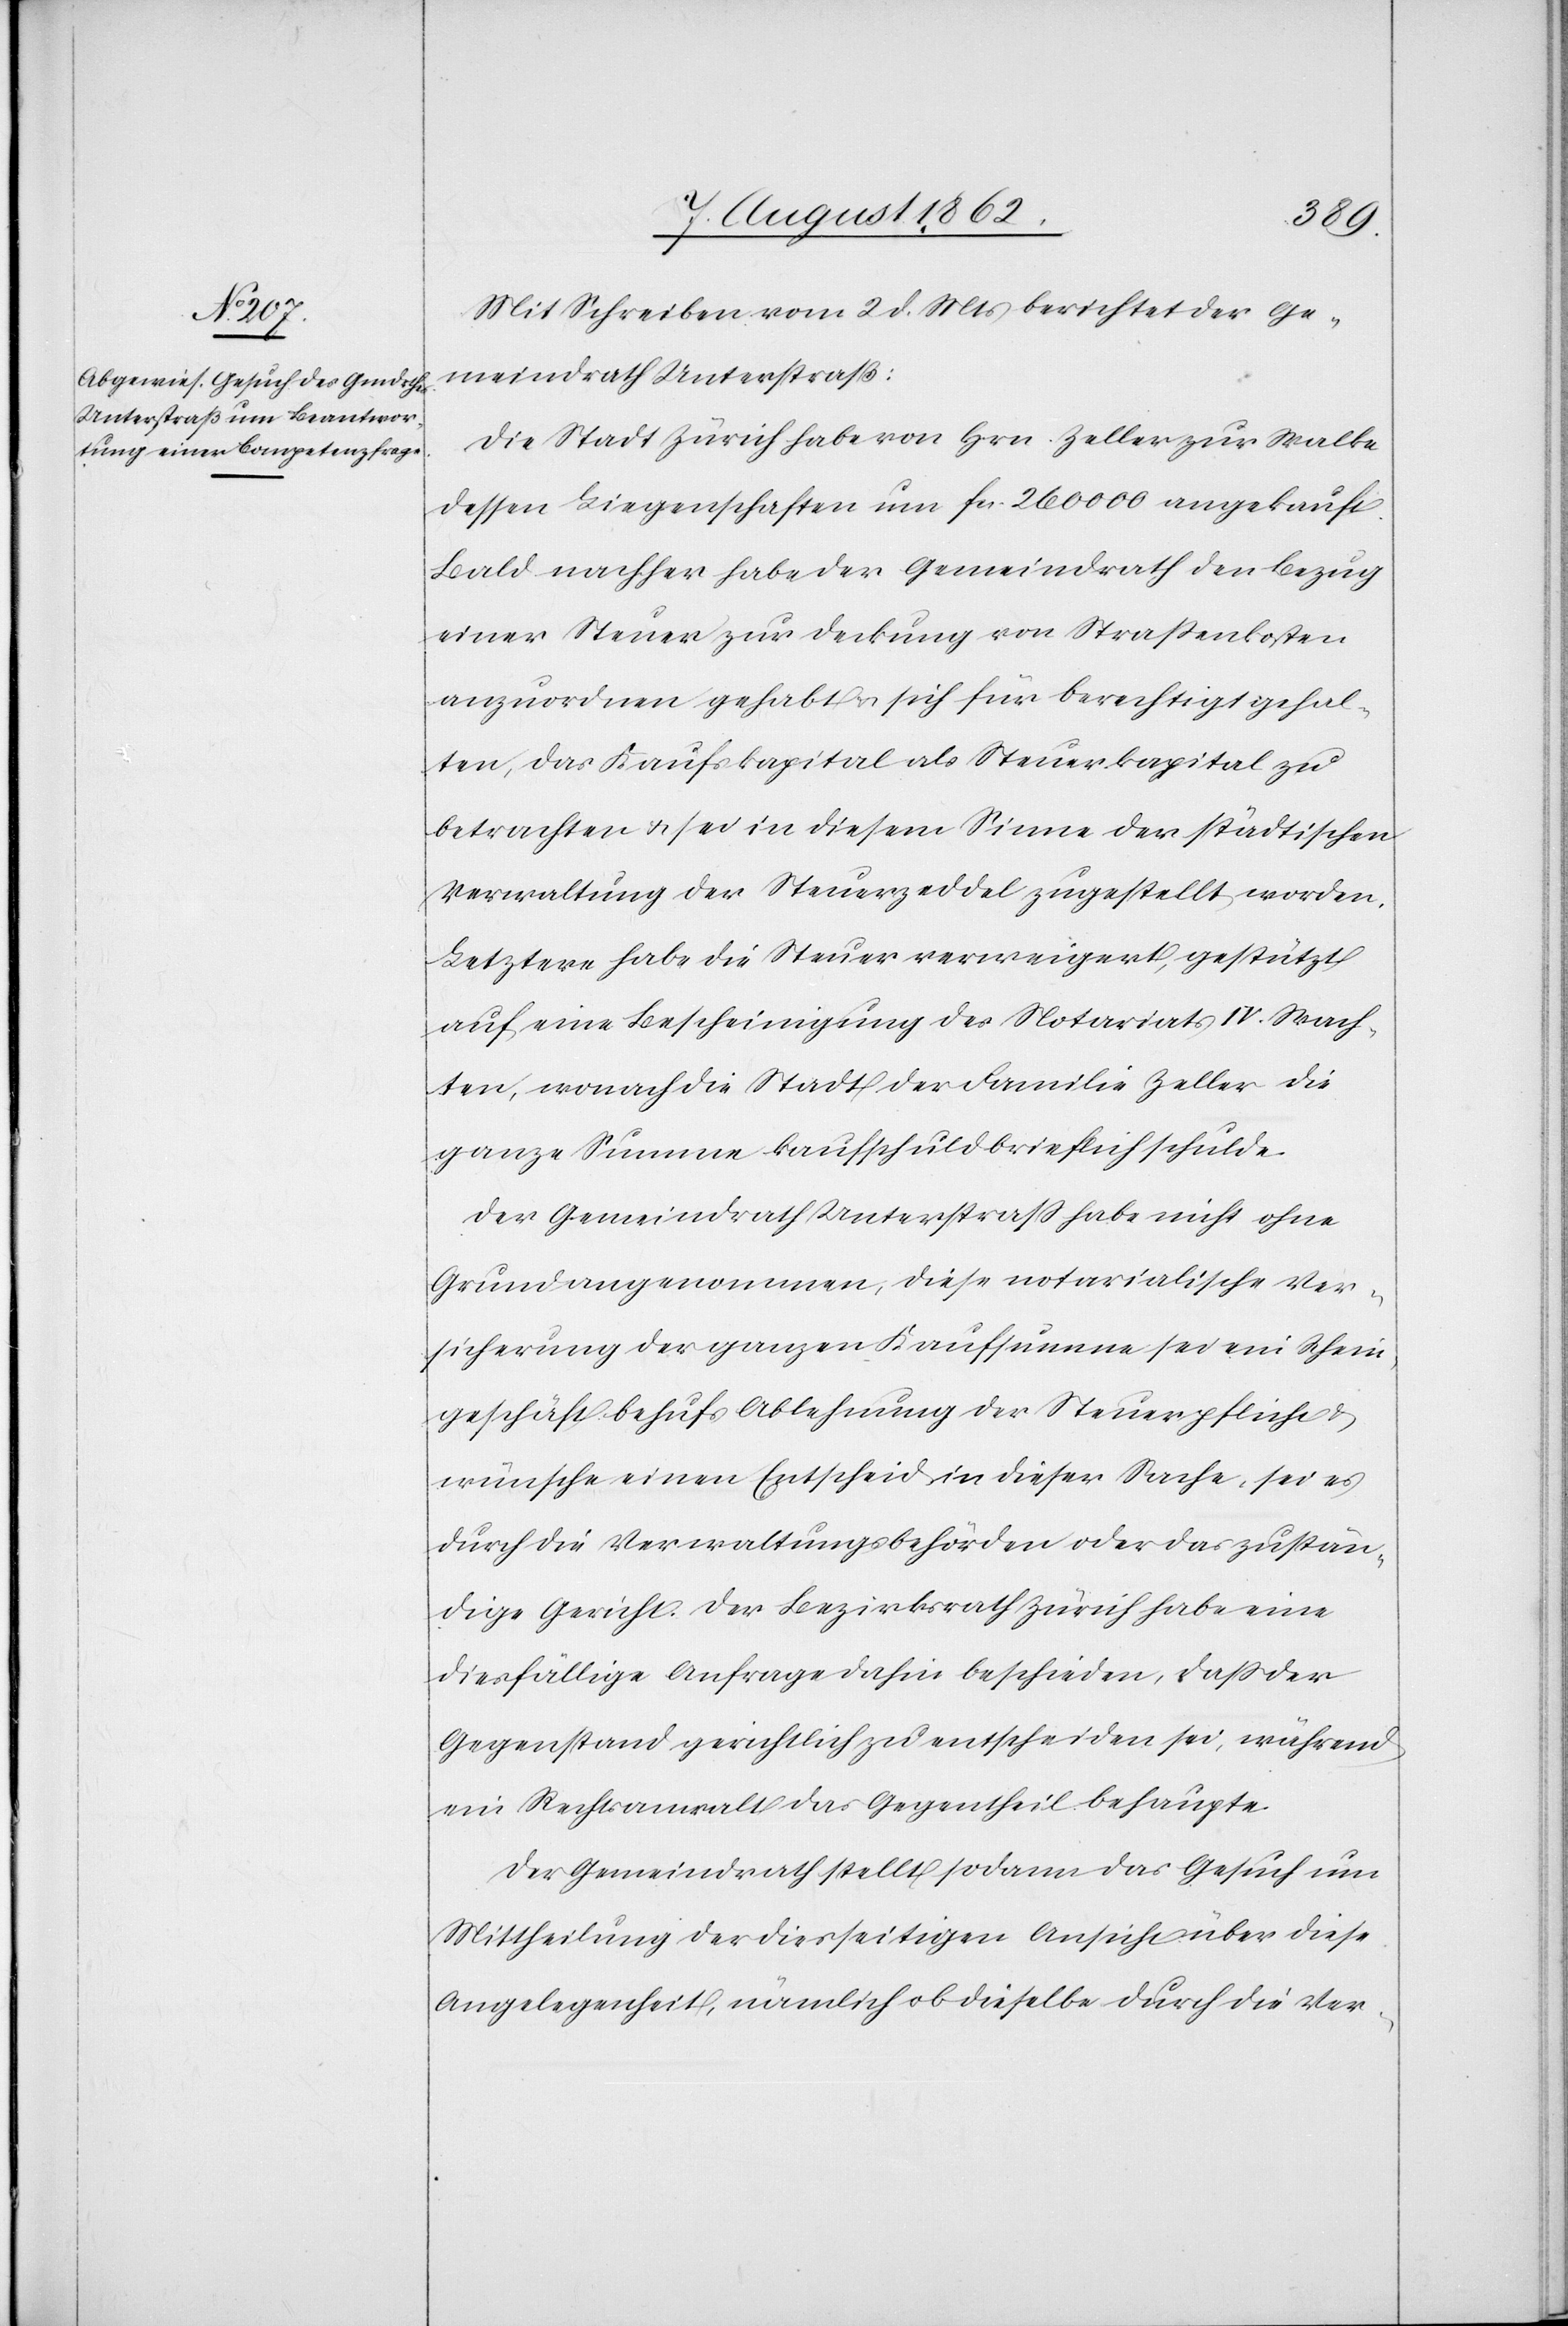
Mit Schreiben vom 2. d. Mts. berichtet der Ge¬
meindrath Unterstraß:
Die Stadt Zürich habe von Hrn. Zeller zur Walke
dessen Liegenschaften um fcs. 260 000 angekauft.
Bald nachher habe der Gemeindrath den Bezug
einer Steuer zur Deckung von Straßenkosten
anzuordnen gehabt u. sich für berechtigt gehal¬
ten, das Kaufskapital als Steuerkapital zu
betrachten u. sei in diesem Sinne der städtischen
Verwaltung der Steuerzeddel zugestellt worden.
Letztere haben die Steuer verweigert, gestützt
auf eine Bescheinigung des Notariats IV. Wach¬
ten, wonach die Stadt der Familie Zeller die
ganze Summe kaufschuldbrieflich schulde.
Der Gemeindrath Unterstraße habe nicht ohne
Grund angenommen, diese notarialische Ver¬
sicherung der ganzen Kaufsumme sei ein Schein¬
geschäft behufs Ablehnung der Steuerpflicht u.
wünsche einen Entscheid in dieser Sache, sei es
durch die Verwaltungsbehörden oder das zustän¬
dige Gericht. Der Bezirksrath Zürich habe eine
diesfällige Anfrage dahin beschieden, daß der
Gegenstand gerichtlich zu entscheiden sei, während
ein Rechtsanwalt das Gegentheil behaupte.
Der Gemeindrath stellt sodann das Gesuch um
Mittheilung der diesseitigen Ansicht über diese
Angelegenheit, nämlich ob dieselbe durch die Ver-